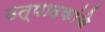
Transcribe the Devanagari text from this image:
उत्पादकांचे